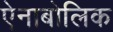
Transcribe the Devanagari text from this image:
ऐनाबोलिक